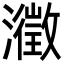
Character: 瀓